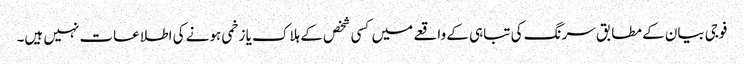
فوجی بیان کے مطابق سرنگ کی تباہی کے واقعے میں کسی شخص کے ہلاک یا زخمی ہونے کی اطلاعات نہیں ہیں۔